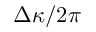
\Delta \kappa / 2 \pi